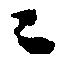
ニ